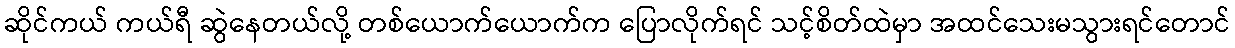
ဆိုင်ကယ် ကယ်ရီ ဆွဲနေတယ်လို့ တစ်ယောက်ယောက်က ပြောလိုက်ရင် သင့်စိတ်ထဲမှာ အထင်သေးမသွားရင်တောင်